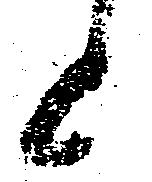
上